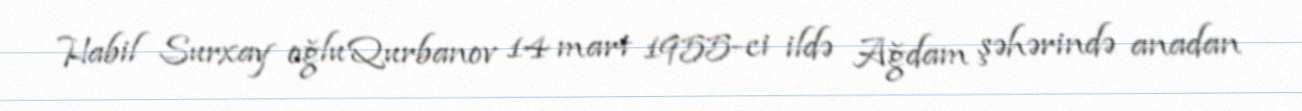
Habil Surxay oğlu Qurbanov 14 mart 1955-ci ildə Ağdam şəhərində anadan